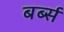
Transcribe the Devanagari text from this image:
बर्ब्स